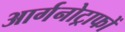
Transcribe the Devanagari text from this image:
आर्गनोट्राफों